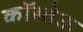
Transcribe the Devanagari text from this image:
कॉस्तेऊ